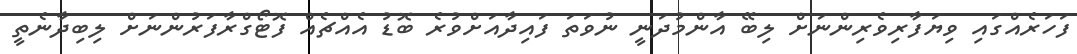
ފަހަރެއްގައި ވިޔަފާރިވެރިންނަށް ލިބޭ އާންމުދަނީ ނުވަތަ ފައިދާއަށްވުރެ ބޮޑު އެއްޗެއް ފޮޓޯގްރާފަރުންނަށް ލިބިދާނެތީ